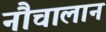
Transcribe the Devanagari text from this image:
नौचालान